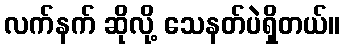
လက်နက် ဆိုလို့ သေနတ်ပဲရှိတယ်။